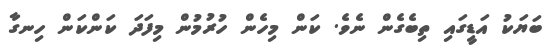
ބަޔަކު އަޑީގައި ތިބެގެން ނެވެ. ކަން މިހެން ހުރުމުން މިފަދަ ކަންކަން ހިނގާ